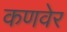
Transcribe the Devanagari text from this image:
कणवेर